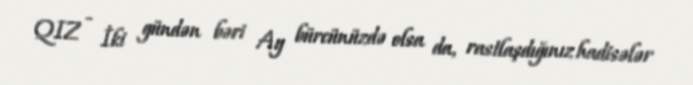
QIZ - İki gündən bəri Ay bürcünüzdə olsa da, rastlaşdığınız hadisələr